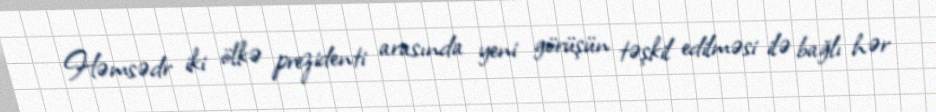
Həmsədr iki ölkə prezidenti arasında yeni görüşün təşkil edilməsi ilə bağlı hər